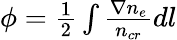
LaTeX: \begin{array}{r}{\phi=\frac{1}{2}\int\frac{\nabla n_{e}}{n_{cr}}dl}\end{array}